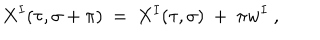
LaTeX: X ^ { I } ( \tau , \sigma + \pi ) \ = \ X ^ { I } ( \tau , \sigma ) \ + \ \pi w ^ { I } \ ,